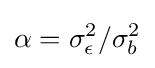
\alpha =\sigma _{\epsilon }^{2}/\sigma _{b}^{2}